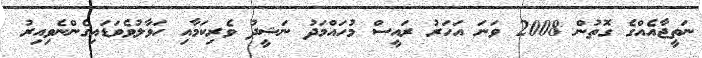
ނަތީޖާއެއްގެ ގޮތުން 2008 ވަނަ އަހަރު ރައީސް މުހައްމަދު ނަޝީދު ވެރިކަމާއި ހަވާލުވެވަޑައިގެންނެވިއިރު